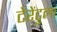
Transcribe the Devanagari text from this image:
टेरेंटुला